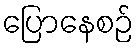
ပြောနေစဉ်